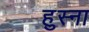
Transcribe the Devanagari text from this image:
हुस्ना